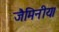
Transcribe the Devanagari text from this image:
जैमिनीय।